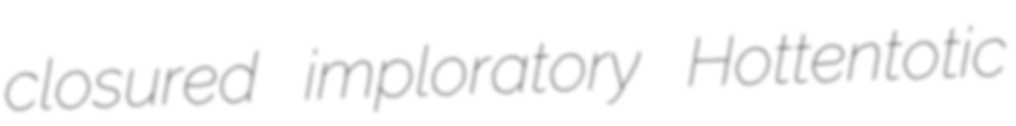
closured imploratory Hottentotic